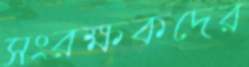
সংরক্ষকদের